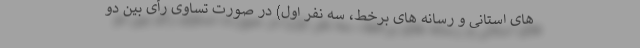
های استانی و رسانه های برخط، سه نفر اول) در صورت تساوی رأی بین دو